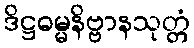
ဒိဋ္ဌဓမ္မနိဗ္ဗာနသုတ္တံ